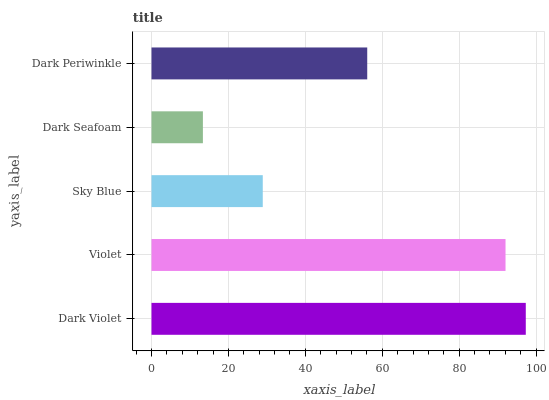
| yaxis_label | bars |
 | --- | --- |
 | Dark Violet | 97.3 |
 | Violet | 92.1 |
 | Sky Blue | 28.9 |
 | Dark Seafoam | 13.4 |
 | Dark Periwinkle | 56.1 |